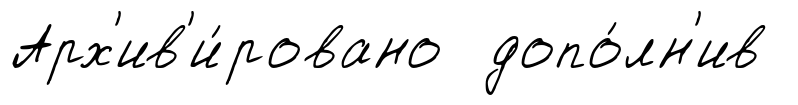
Арх'ив'и́ровано допо́лн'ив